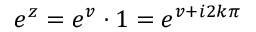
e ^ { z } = e ^ { v } \cdot 1 = e ^ { v + i 2 k \pi }